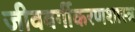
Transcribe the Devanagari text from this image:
जीववर्गीकरणशास्त्र